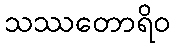
သဿတောရိဝ